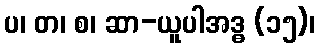
ပ၊ တ၊ စ၊ ဆာ-ယူပါအဒ္ဓ (၁၅)၊